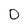
Character: 0